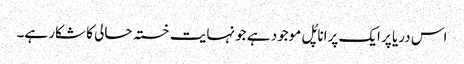
اس دریا پر ایک پرانا پُل موجود ہے جو نہایت خستہ حالی کا شکار ہے۔